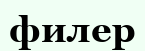
филер